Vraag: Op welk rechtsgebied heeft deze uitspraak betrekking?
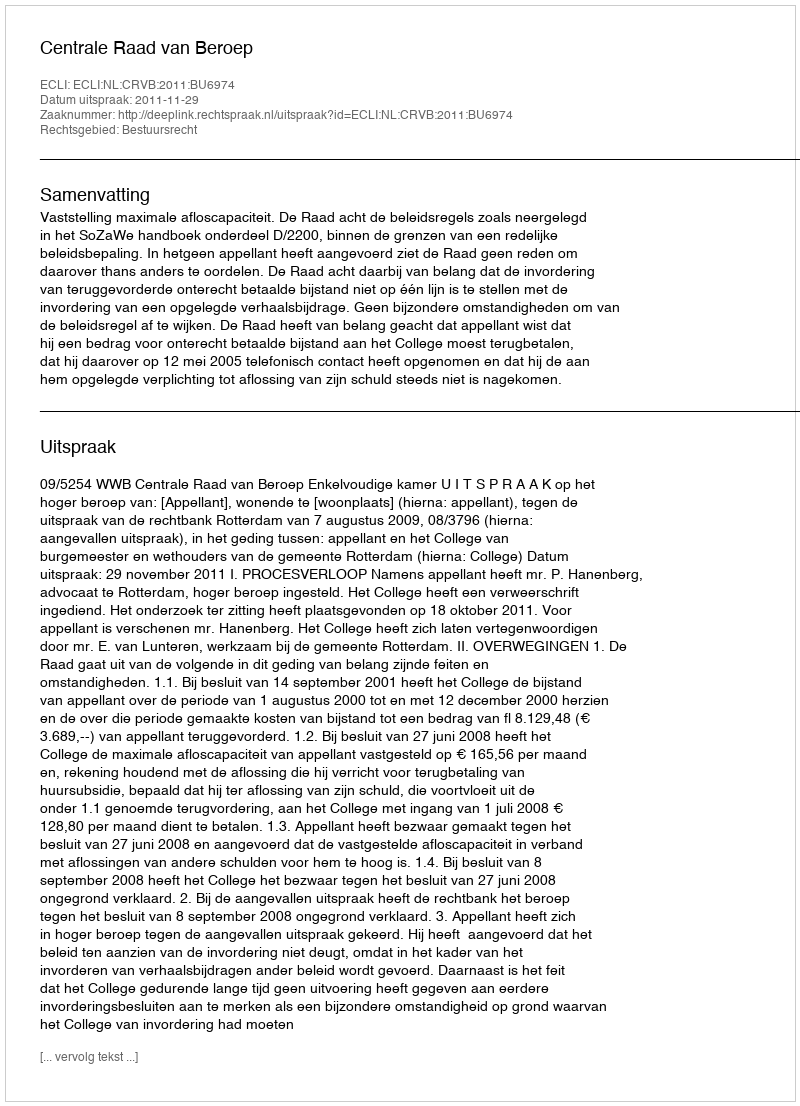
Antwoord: Bestuursrecht